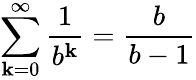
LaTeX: \sum_{\mathbf{k}=0}^{\infty}{\frac{{1}}{{b^{\mathbf{k}}}}}={\frac{{b}}{{b-1}}}